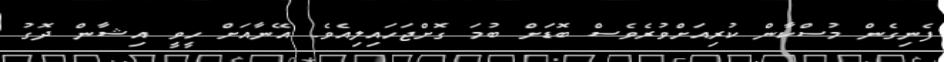
ފެނިގެން މުސްކާން ކުރިއަށްވުރެވެސް ބޮޑަށް ބުމަ ގޮށްޖަހައިލިއެވެ. އޭނާއަށް ހީވީ އިޝާން ދޮގު